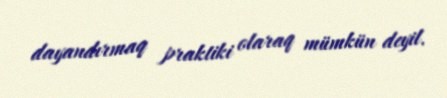
dayandırmaq praktiki olaraq mümkün deyil.